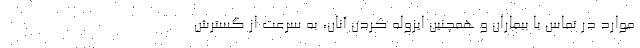
موارد در تماس با بیماران و همچنین ایزوله کردن آنان، به سرعت از گسترش